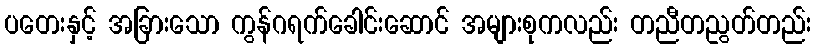
ပတေးနှင့် အခြားသော ကွန်ဂရက်ခေါင်းဆောင် အများစုကလည်း တညီတညွတ်တည်း